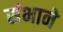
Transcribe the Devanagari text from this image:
संभाने